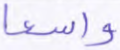
واسعا